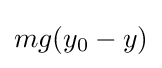
mg(y_{0}-y)